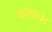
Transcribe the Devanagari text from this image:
श्रवणानंद